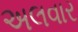
અલવાર